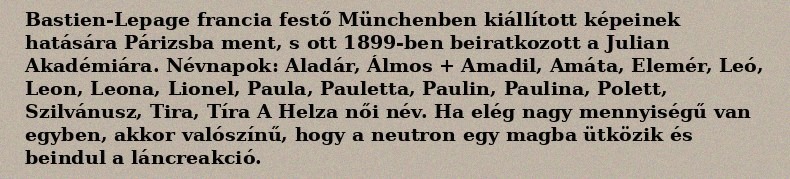
Bastien-Lepage francia festő Münchenben kiállított képeinek hatására Párizsba ment, s ott 1899-ben beiratkozott a Julian Akadémiára. Névnapok: Aladár, Álmos + Amadil, Amáta, Elemér, Leó, Leon, Leona, Lionel, Paula, Pauletta, Paulin, Paulina, Polett, Szilvánusz, Tira, Tíra A Helza női név. Ha elég nagy mennyiségű van egyben, akkor valószínű, hogy a neutron egy magba ütközik és beindul a láncreakció.